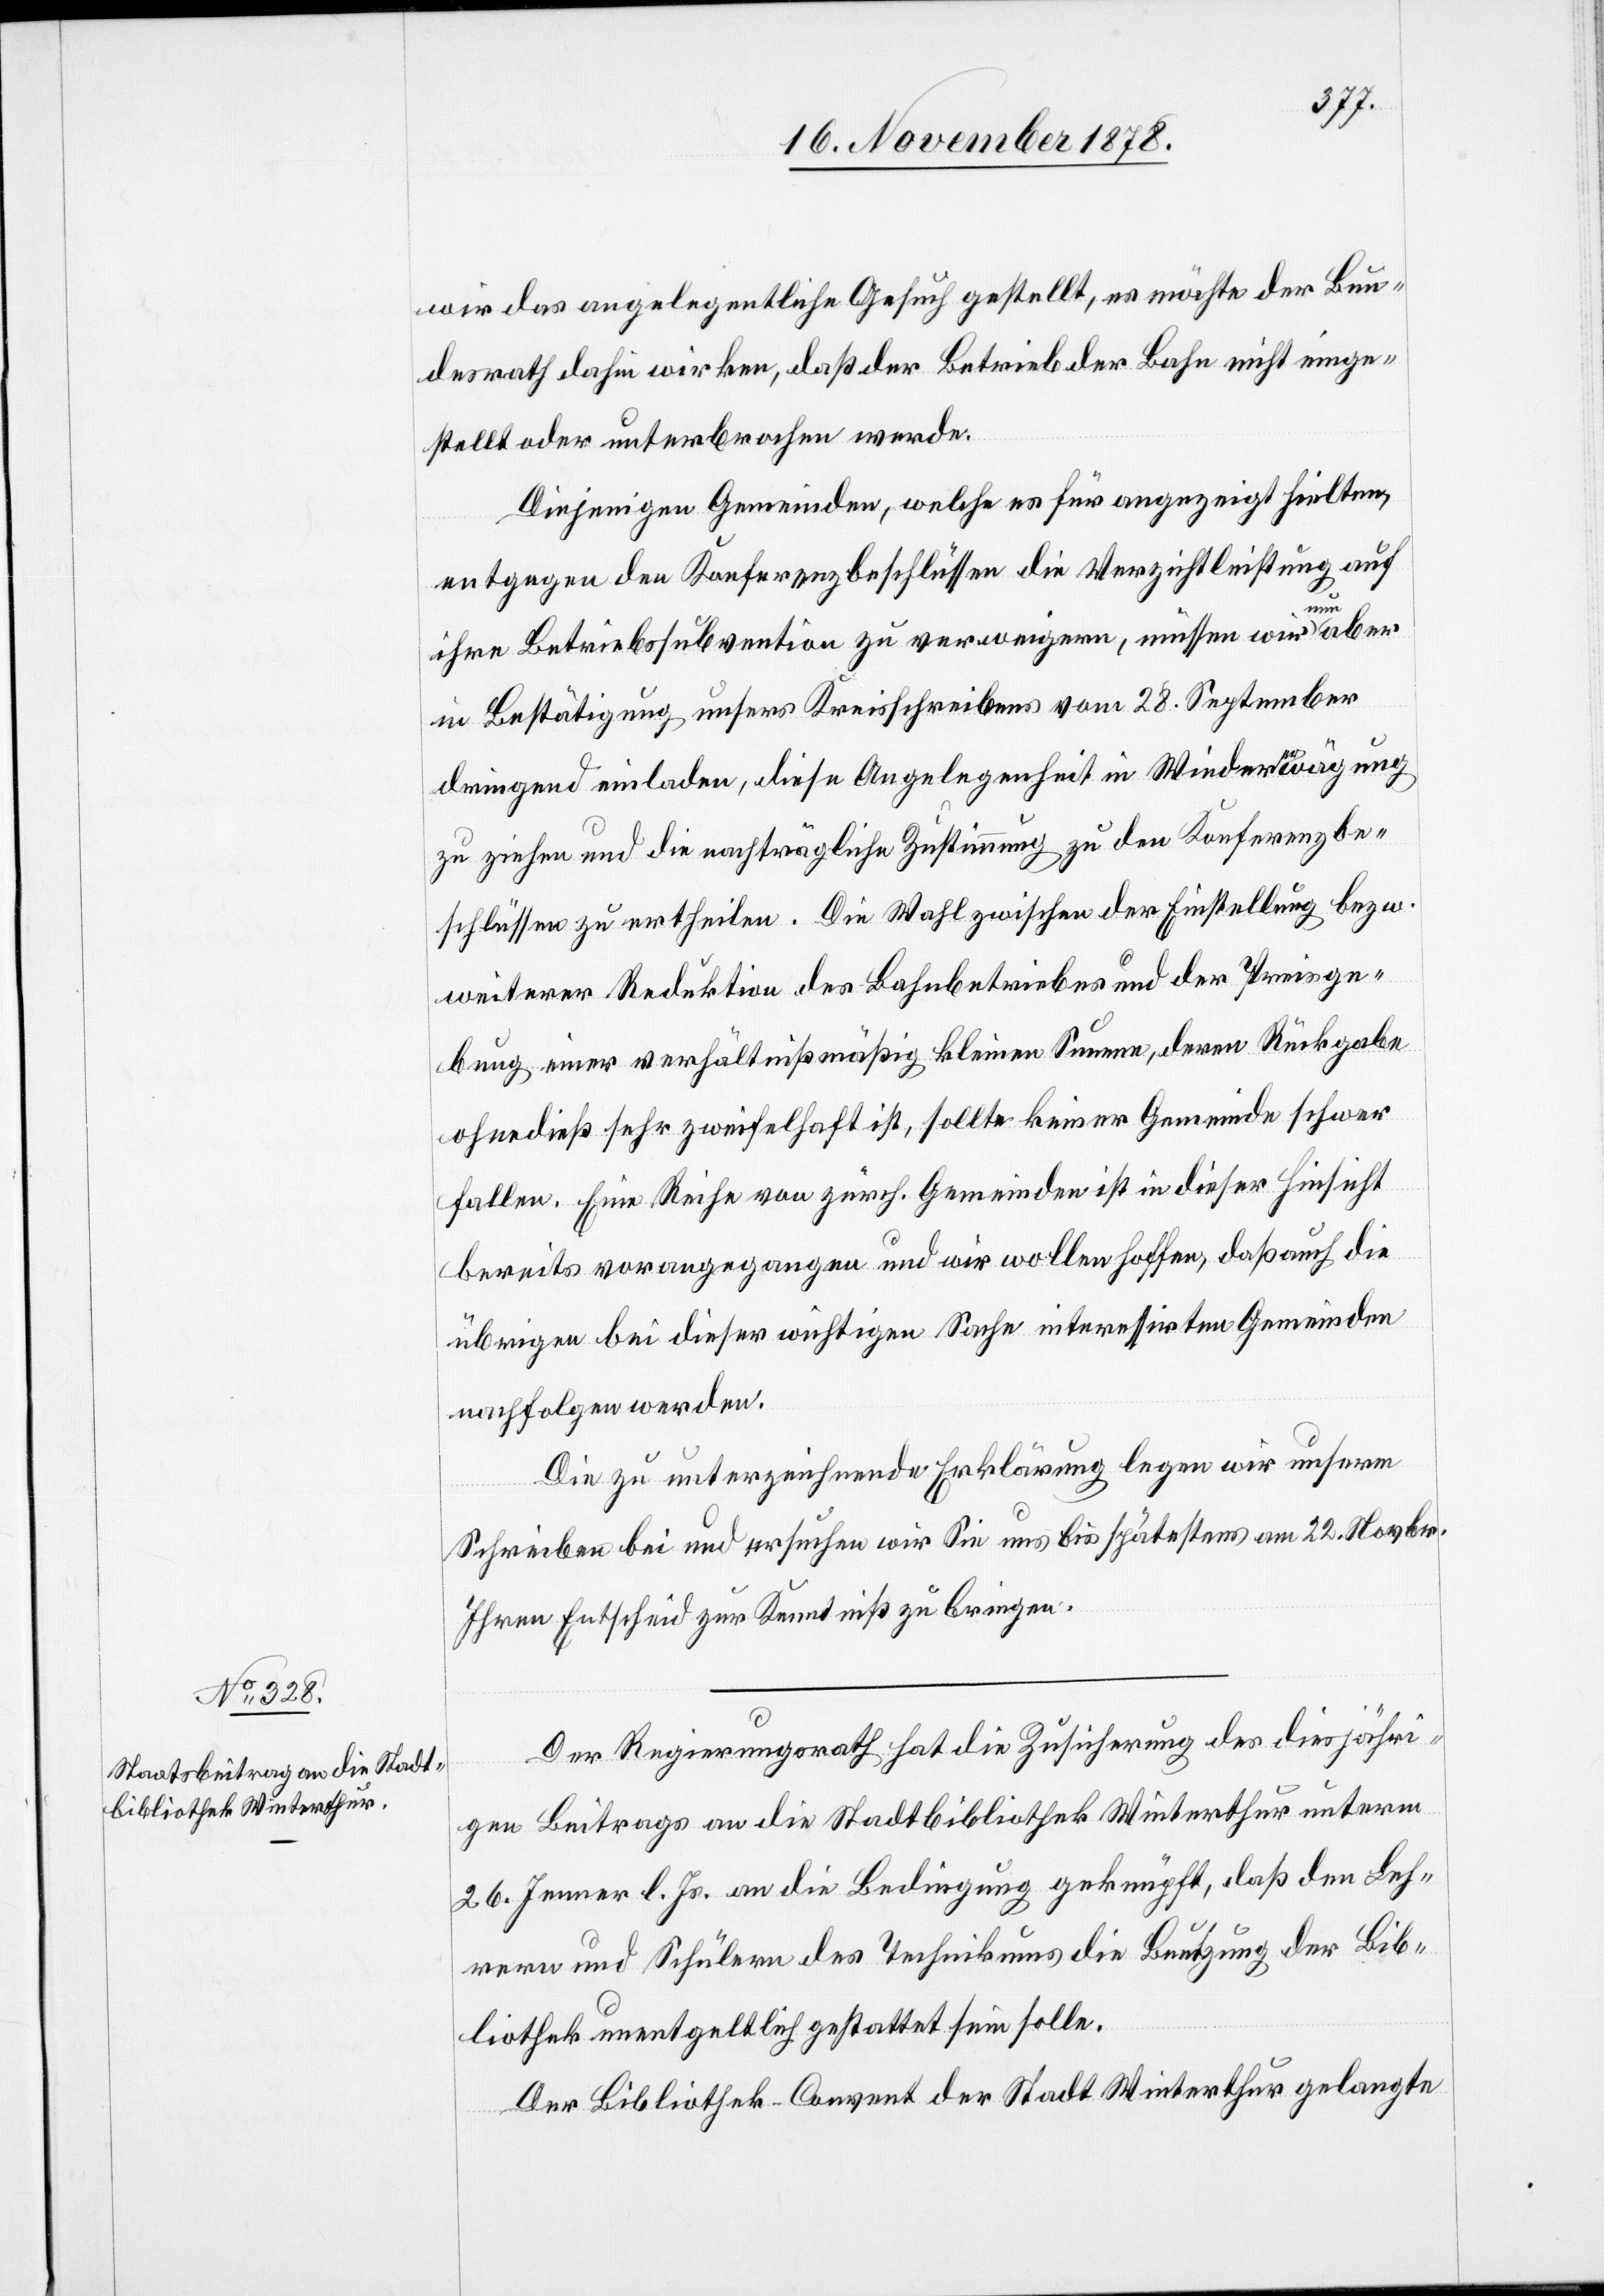
wir das angelegentliche Gesuch gestellt, es möchte der Bun¬
desrath dahin wirken, daß der Betrieb der Bahn nicht einge¬
stellt oder unterbrochen werde.
Diejenigen Gemeinden, welche es für angezeigt hielten,
entgegen den Konferenzbeschlüssen die Verzichtleistung auf
ihre Betriebssubvention zu verweigern, müssen wir nun aber
in Bestätigung unseres Kreisschreibens vom 28. September
dringend einladen, diese Angelegenheit in Wiedererwägung
zu ziehen und die nachträgliche Zustimmung zu den Konferenzbe¬
schlüssen zu ertheilen. Die Wahl zwischen der Einstellung bezw.
weiterer Reduktion des Bahnbetriebes und der Preisge¬
bung einer verhältnißmäßig kleinen Summe, deren Rückgabe
ohnedieß sehr zweifelhaft ist, sollte keiner Gemeinde schwer
fallen. Eine Reihe von zürch. Gemeinden ist in dieser Hinsicht
bereits vorangegangen und wir wollen hoffen, daß auch die
übrigen bei dieser wichtigen Sache interessirten Gemeinden
nachfolgen werden.
Die zu unterzeichnende Erklärung legen wir unserm
Schreiben bei und ersuchen wir Sie uns bis spätestens am 22. Novbr.
Ihren Entscheid zur Kenntniß zu bringen.
Der Regierungsrath hat die Zusicherung des diesjähri¬
gen Beitrags an die Stadtbibliothek Winterthur unterm
26. Jenner l. Js. an die Bedingung geknüpft, daß den Leh¬
rern und Schülern des Technikums die Benutzung der Bib¬
liothek unentgeltlich gestattet sein solle.
Der Bibliothek-Convent der Stadt Winterthur gelangte